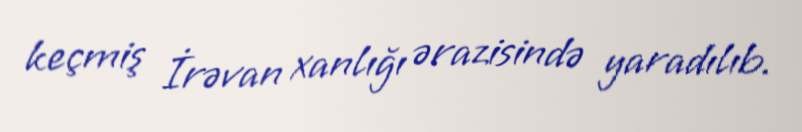
keçmiş İrəvan xanlığı ərazisində yaradılıb.